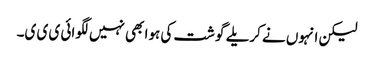
لیکن انہوں نے کریلے گوشت کی ہوا بھی نہیں لگوائی ی ی ی۔